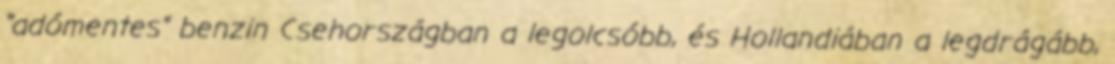
"adómentes" benzin Csehországban a legolcsóbb, és Hollandiában a legdrágább,